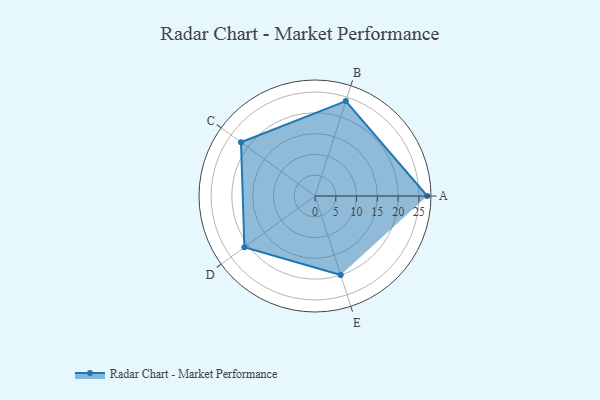
{"axis": {"x": "Skill", "y": "Score"}, "legend": ["Profile"], "data": [{"x": "A", "y": 27.0, "type": "Profile"}, {"x": "B", "y": 24.0, "type": "Profile"}, {"x": "C", "y": 22.0, "type": "Profile"}, {"x": "D", "y": 21.0, "type": "Profile"}, {"x": "E", "y": 20, "type": "Profile"}]}